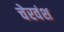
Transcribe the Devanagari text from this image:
चेरवंश